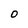
Character: 0